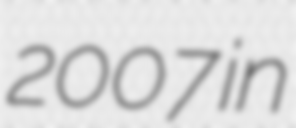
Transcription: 2007 in